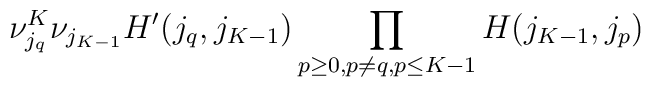
\nu_{j_{q}}^{K}\nu_{j_{K-1}}H'(j_{q},j_{K-1})\prod_{p\geq 0,p\neq q,\/p\leq K-1}H(j_{K-1},j_{p})